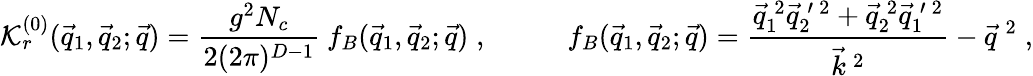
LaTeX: {\cal K}_{r}^{(0)}(\vec{q}_{1},\vec{q}_{2};\vec{q})=\frac{g^{2}N_{c}}{2(2\pi)^{D-1}}\: f_{B}(\vec{q}_{1},\vec{q}_{2};\vec{q})\; ,\; \; \; \; \; \; \; \; \; \; f_{B}(\vec{q}_{1},\vec{q}_{2};\vec{q})=\frac{\vec{q}_{1}^{\: 2}\vec{q}_{2}^{\: \prime\: 2}+\vec{q}_{2}^{\: 2}\vec{q}_{1}^{\: \prime\: 2}}{\vec{k}^{\: 2}}-\vec{q}^{\: 2}\; ,